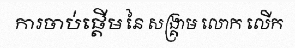
ការចាប់ផ្តើម នៃ សង្គ្រាម លោក លើក